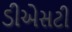
ડીએસટી